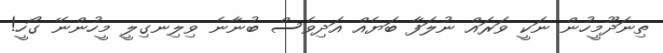
ތިނަދޫމީހުން ނަކީ ވަރައް ނުލަފާ ބަޔެއް އަދިވެސް ބުނާނެ ވިލިނގިލީ މީހުންނޭ ގޯހީ!